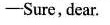
-Sure, dear.